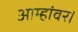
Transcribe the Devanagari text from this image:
आम्हांवर।